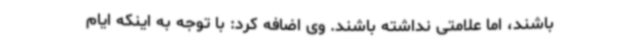
باشند، اما علامتی نداشته باشند. وی اضافه کرد: با توجه به اینکه ایام